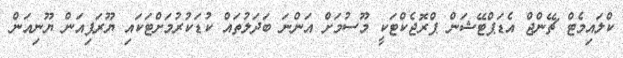
ކްލައިމެޓް ޗޭންޖް އެޑަޕްޓޭޝަން ޕްރޮޖެކްޓަކީ މޫސުމަށް އަންނަ ބަދަލުތައް ކުޑަކުރުމަށްޓަކައި ޔޫރަޕިއަން ޔޫނިއަން